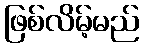
ဖြစ်လိမ့်မည်